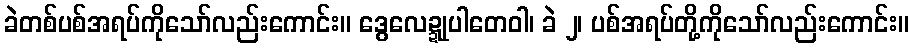
ခဲတစ်ပစ်အရပ်ကိုသော်လည်းကောင်း။ ဒွေလေဍ္ဍုပါတေဝါ၊ ခဲ ၂၊ ပစ်အရပ်တို့ကိုသော်လည်းကောင်း။